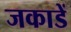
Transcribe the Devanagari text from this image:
जकाडें